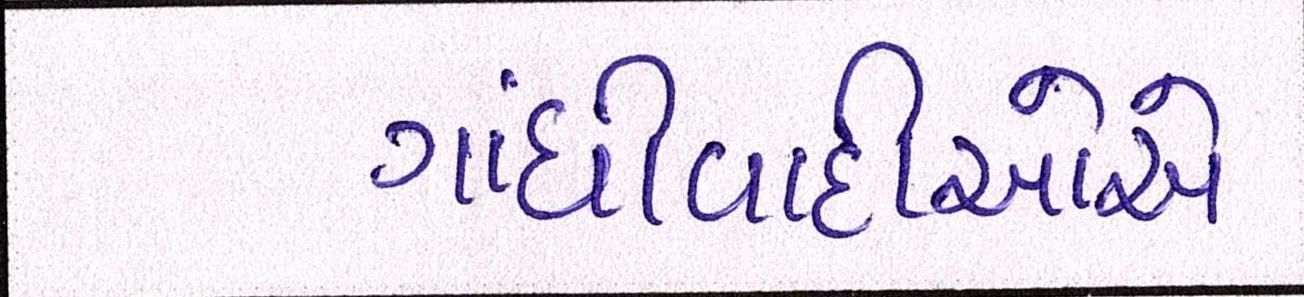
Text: ગાંધીવાદીઓએ